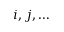
i , j , \dots